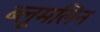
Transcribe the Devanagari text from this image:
ब्लूमलिन